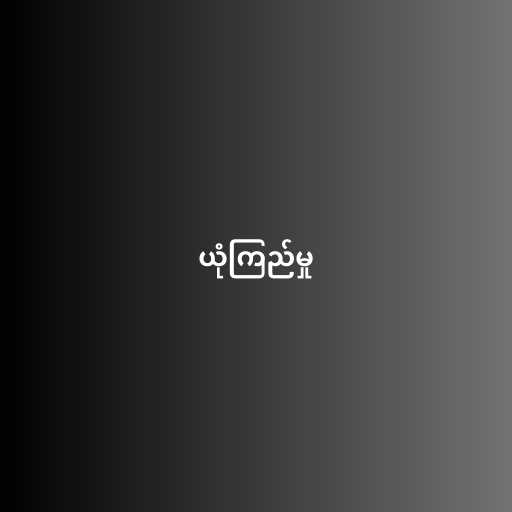
ယုံကြည်မှု